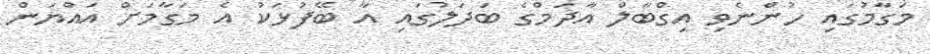
މަގާމުގައި ހުންނެވި އިގްބާލް އާދަމްގެ ބަދަލުގައި އާ ބޭފުޅަކު އެ މަގާމަށް އައްޔަން